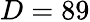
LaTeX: D=89